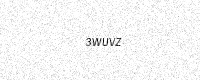
Text: 3WUVZ